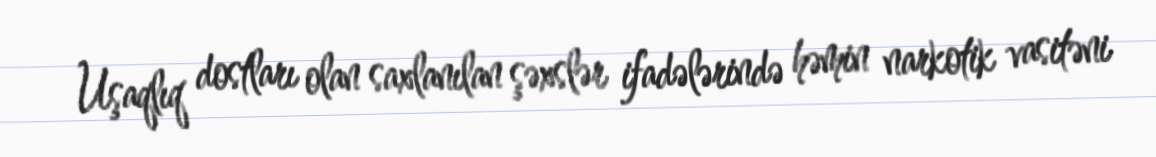
Uşaqlıq dostları olan saxlanılan şəxslər ifadələrində həmin narkotik vasitəni